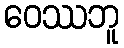
ဝေဿဘူ